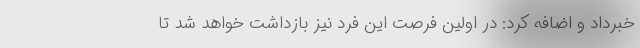
خبرداد و اضافه کرد: در اولین فرصت این فرد نیز بازداشت خواهد شد تا